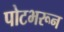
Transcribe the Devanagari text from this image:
पोटभरून